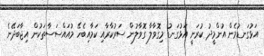
އަޅުގަނޑުމެން އުންމީދު ކުރަނީ އަޅުގަނޑު މިގޮވާލާ ގޮވާލުން ސަރުކާރާއި ކަމާއިބެހޭ މުއައްސަސާތަކުން އިޖާބަދޭނެ